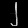
Digit: ၂